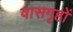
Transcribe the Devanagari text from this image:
वासगृहों